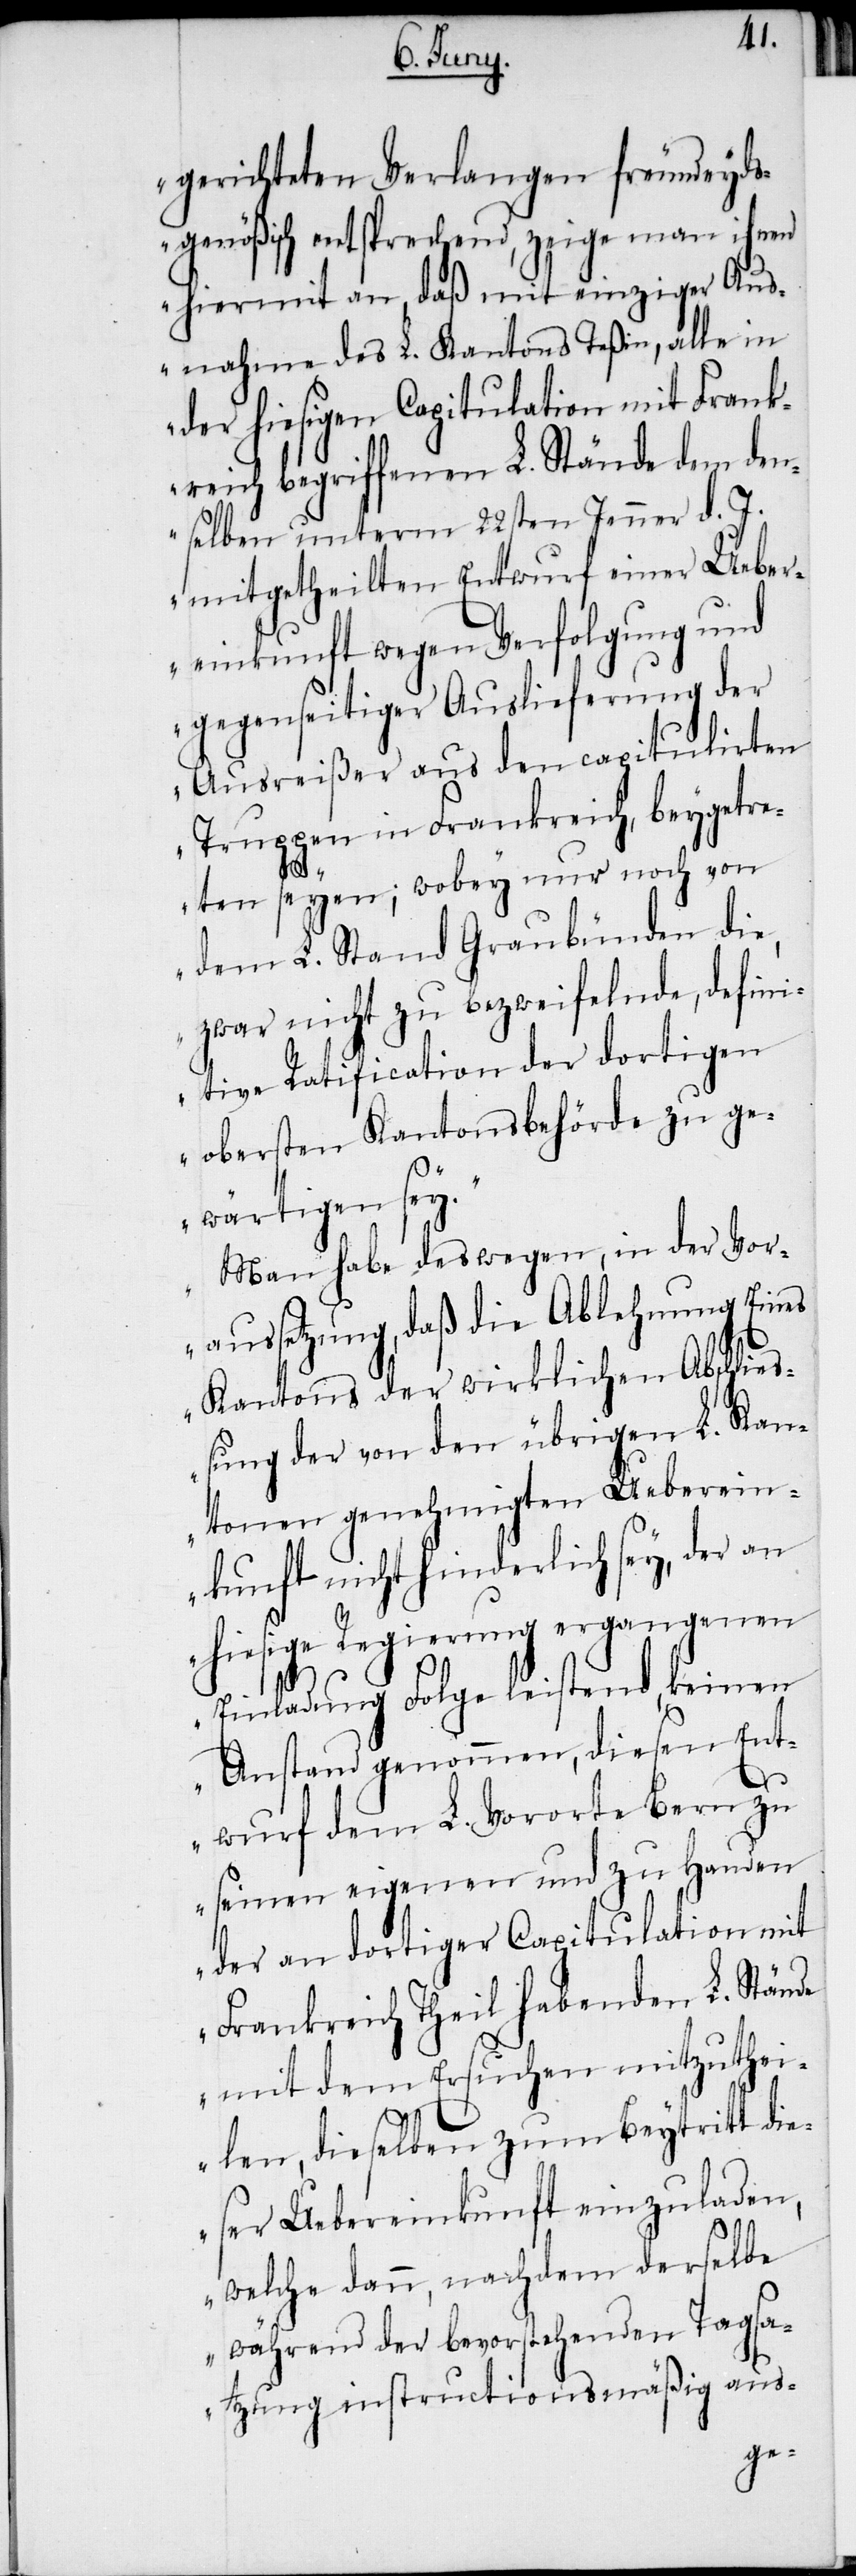
gerichteten Verlangen freundeyds¬
genößisch entsprechend, zeige man ihnen
hiermit an, daß mit einziger Aus¬
nahme des L. Kantons Teßin, alle in
der hiesigen Capitulation mit Frank¬
reich begriffenen L. Stände dem den¬
selben unterm 22sten Jenner d. J.
mitgetheilten Entwurf einer Ueber¬
einkunft wegen Verfolgung und
gegenseitiger Auslieferung der
Ausreißer aus den capitulirten
Truppen in Frankreich, beygetre¬
ten seyen; wobey nur noch von
dem L. Stand Graubünden die,
zwar nicht zu bezweifelnde, defini¬
tive Ratification der dortigen
obersten Kantonsbehörde zu ge¬
wärtigen sey.“
„Man habe deswegen, in der Vor¬
aussetzung, daß die Ablehnung Eines
Kantons der wirklichen Abschließ¬
ung der von den übrigen L. Kan¬
tonen genehmigten Ueberein¬
kunft nicht hinderlich sey, der an
hiesige Regierung ergangenen
Einladung Folge leistend, keinen
Anstand genommen, diesen Ent¬
wurf dem L. Vororte Bern zu
seinen eigenen und zu Handen
der an dortiger Capitulation mit
Frankreich Theil habenden L. Stände
mit dem Ersuchen mitzuthei¬
len, dieselben zum Beytritt di¬
eser Uebereinkunft einzuladen,
welche dann, nachdem derselbe
während der bevorstehenden Tagsa¬
tzung instructionsmäßig aus-